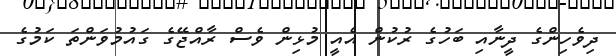
ދިވެހިންގެ ދީނާއި ބަހުގެ ރުކުން އެއީ މުޅިން ވެސް ރާއްޖޭގެ ގައުމުވަންތަ ކަމުގެ